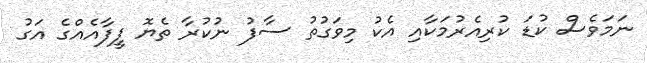
ނަމަވެސް ކުޑަ ކުރިއެރުމަކާއި އެކު މިވަގުތު ސާފު ނުކުރާ ތެޔޮ ފީފާއެއްގެ އަގު